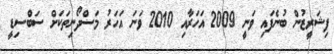
ފިޝަރީޒުން ބުނެފައި ވަނީ 2009 އަހަރާއި 2010 ވަނަ އަހަރު މަސްދޯނިތަކަށް ސަބްސިޑީ